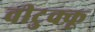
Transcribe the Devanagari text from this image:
वीटुक्कू